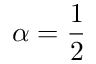
\alpha = \frac 1 2